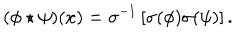
LaTeX: ( \phi \star \psi ) ( x ) = \sigma ^ { - 1 } \left[ \sigma ( \phi ) \sigma ( \psi ) \right] .